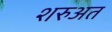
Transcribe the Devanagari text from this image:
शरुअत